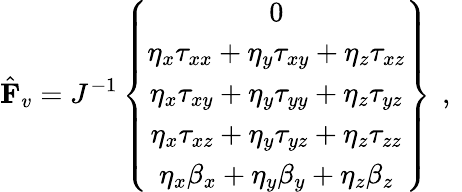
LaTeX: \hat{\mathbf{F}}_{v}=J^{-1}\left\{ \begin{array}{c}{0}\\ {\eta_{x}{\tau}_{xx}+\eta_{y}{\tau}_{xy}+\eta_{z}{\tau}_{xz}}\\ {\eta_{x}{\tau}_{xy}+\eta_{y}{\tau}_{yy}+\eta_{z}{\tau}_{yz}}\\ {\eta_{x}{\tau}_{xz}+\eta_{y}{\tau}_{yz}+\eta_{z}{\tau}_{zz}}\\ {\eta_{x}{\beta}_{x}+\eta_{y}{\beta}_{y}+\eta_{z}{\beta}_{z}}\end{array}\right\} \, \mathrm{~,~}